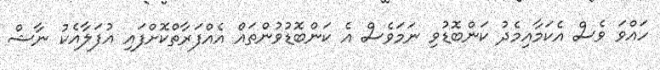
ހައްވަ ވެސް އެކަމާއިމެދު ކަންބޮޑުވި ނަމަވެސް އެ ކަންބޮޑުވުންތައް އެއްފަރާތްކޮށްފައި އުފަލާއެކު ނާޝް